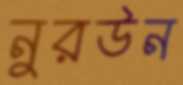
নুরউন